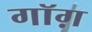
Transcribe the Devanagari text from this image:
गॉग़